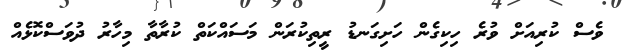
ވެސް ކުރިއަށް ވުރެ ހިކިގެން ހަށިގަނޑު ރީތިކުރަން މަސައްކަތް ކުރާތާ މިހާރު ދުވަސްކޮޅެއް